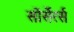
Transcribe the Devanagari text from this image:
सोंर्सेरर्स